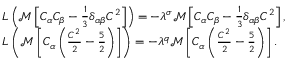
\begin{array} { r l } & { L \left( \mathcal { M } \left[ C _ { \alpha } C _ { \beta } - \frac { 1 } { 3 } \delta _ { \alpha \beta } C ^ { 2 } \right] \right) = - \lambda ^ { \sigma } \mathcal { M } \left[ C _ { \alpha } C _ { \beta } - \frac { 1 } { 3 } \delta _ { \alpha \beta } C ^ { 2 } \right] , } \\ & { L \left( \mathcal { M } \left[ C _ { \alpha } \left( \frac { C ^ { 2 } } { 2 } - \frac { 5 } { 2 } \right) \right] \right) = - \lambda ^ { q } \mathcal { M } \left[ C _ { \alpha } \left( \frac { C ^ { 2 } } { 2 } - \frac { 5 } { 2 } \right) \right] . } \end{array}